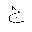
Letter: _gim